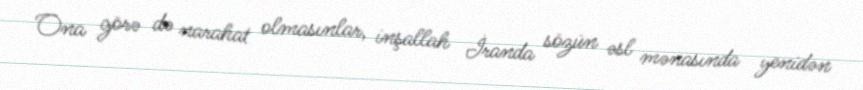
Ona görə də narahat olmasınlar, inşallah İranda sözün əsl mənasında yenidən